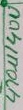
Text: 470u/40V